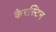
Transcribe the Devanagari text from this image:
कैरस्टिन